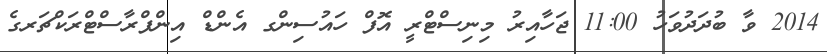
2014 ވާ ބުދަދުވަހު 11:00 ޖަހާއިރު މިނިސްޓްރީ އޮފް ހައުސިންގ އެންޑް އިންފްރާސްޓްރަކްޗަރގެ